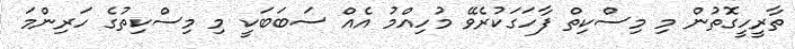
ތާރީހީގޮތުން މި މިސްކިތް ފާހަގަކުރެވޭ މުހިއްމު އެއް ސަބަބަކީ މި މިސްކިތުގެ ހަރިންމަ